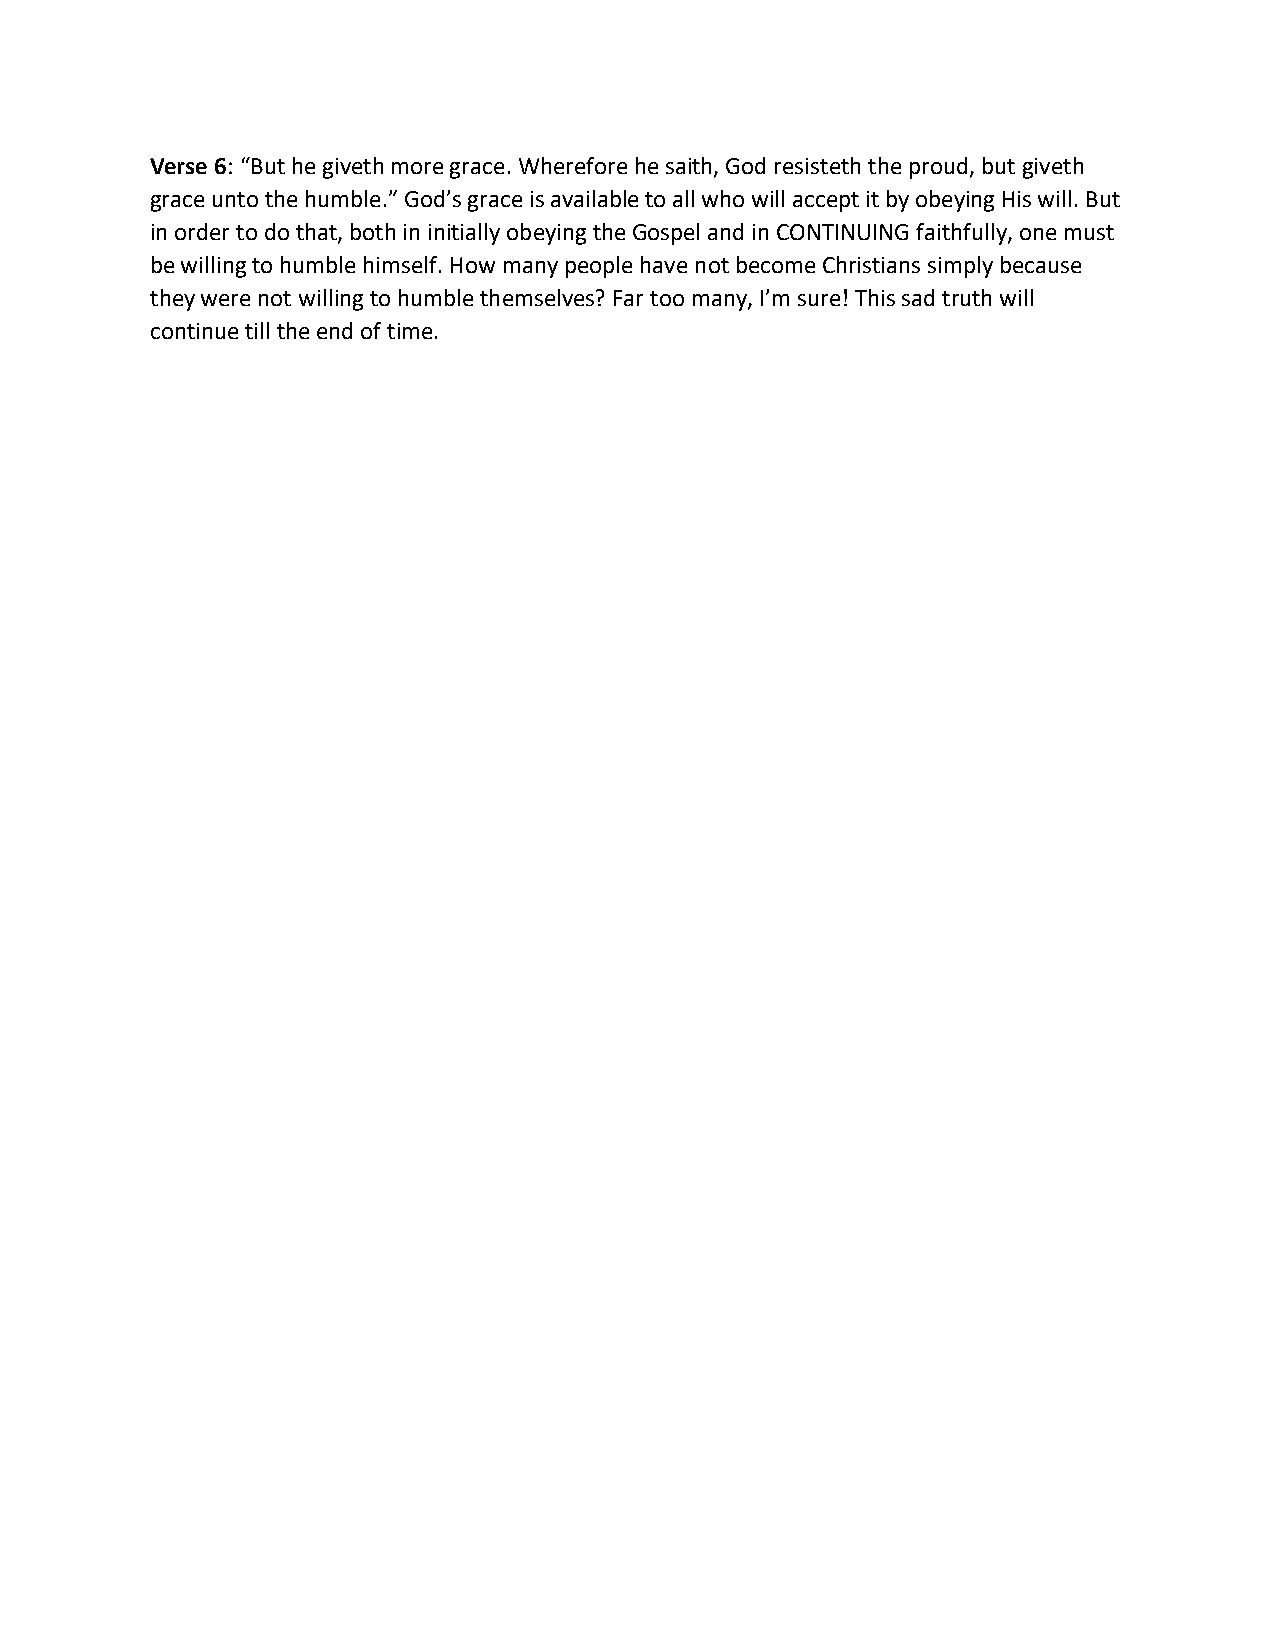
Verse 6: “But he giveth more grace. Wherefore he saith, God resisteth the proud, but giveth
 grace unto the humble.” God’s grace is available to all who will accept it by obeying His will. But
 in order to do that, both in initially obeying the Gospel and in CONTINUING faithfully, one must
 be willing to humble himself. How many people have not become Christians simply because
 they were not willing to humble themselves? Far too many, I’m sure! This sad truth will
 continue till the end of time.